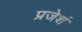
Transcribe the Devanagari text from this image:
प्रजेशं